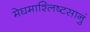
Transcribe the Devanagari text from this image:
मेघमाश्लिष्टसानुं